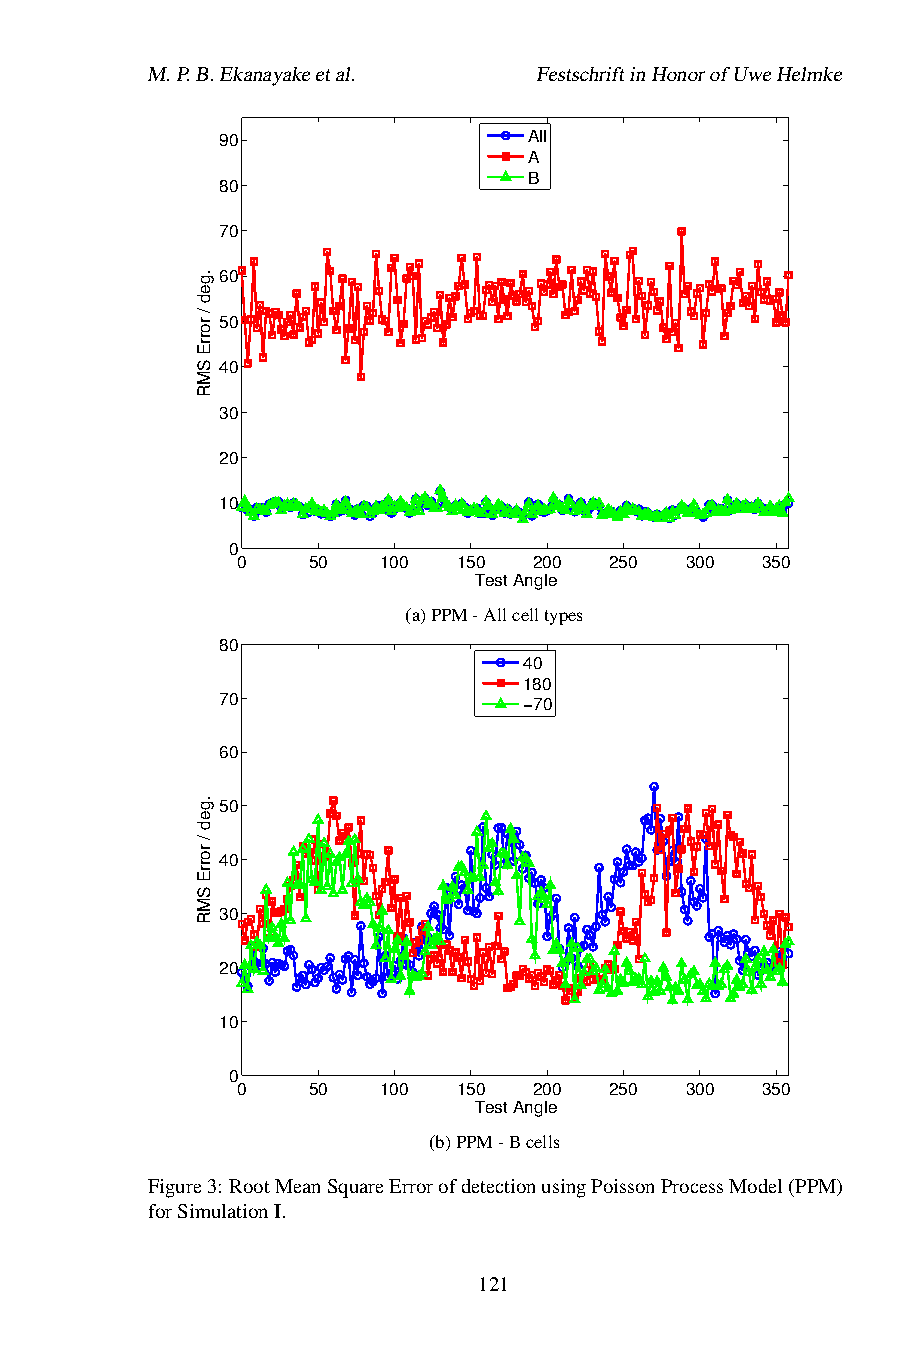
M.P.B.Ekanayakeetal.      FestschriftinHonorofUweHelmke
 90                   All
 A
 B
 80
 70
 60
 50
 40
 30
 20
 10
 0
 0   50   100  150  200  250  300  350
 Test Angle
 (a)PPM-Allcelltypes
 80
 40
 180
 70                   −70
 60
 50
 40
 30
 20
 10
 0
 0   50   100  150  200  250  300  350
 Test Angle
 (b)PPM-Bcells
 Figure3: RootMeanSquareErrorofdetectionusingPoissonProcessModel(PPM)
 forSimulationI.
 121
 .ged
 /
 rorrE
 SMR
 .ged
 /
 rorrE
 SMR